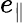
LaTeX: e_{\parallel}